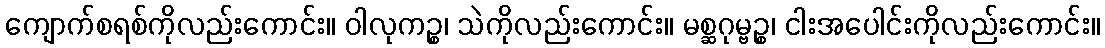
ကျောက်စရစ်ကိုလည်းကောင်း။ ဝါလုကဉ္စ၊ သဲကိုလည်းကောင်း။ မစ္ဆဂုမ္ဗဉ္စ၊ ငါးအပေါင်းကိုလည်းကောင်း။